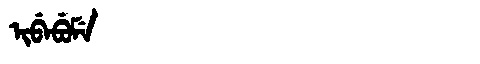
Manchu: ᡳᠪᡝᠪᡠᠮᡝ
Romanization: IBEBUME